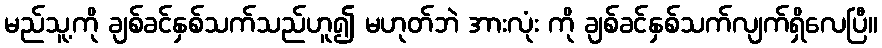
မည်သူ့ကို ချစ်ခင်နှစ်သက်သည်ဟူ၍ မဟုတ်ဘဲ အားလုံး ကို ချစ်ခင်နှစ်သက်လျက်ရှိလေပြီ။